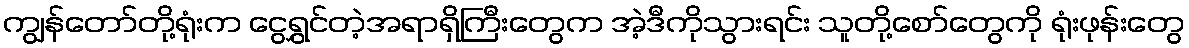
ကျွန်တော်တို့ရုံးက ငွေရွှင်တဲ့အရာရှိကြီးတွေက အဲ့ဒီကိုသွားရင်း သူတို့စော်တွေကို ရုံးဖုန်းတွေ